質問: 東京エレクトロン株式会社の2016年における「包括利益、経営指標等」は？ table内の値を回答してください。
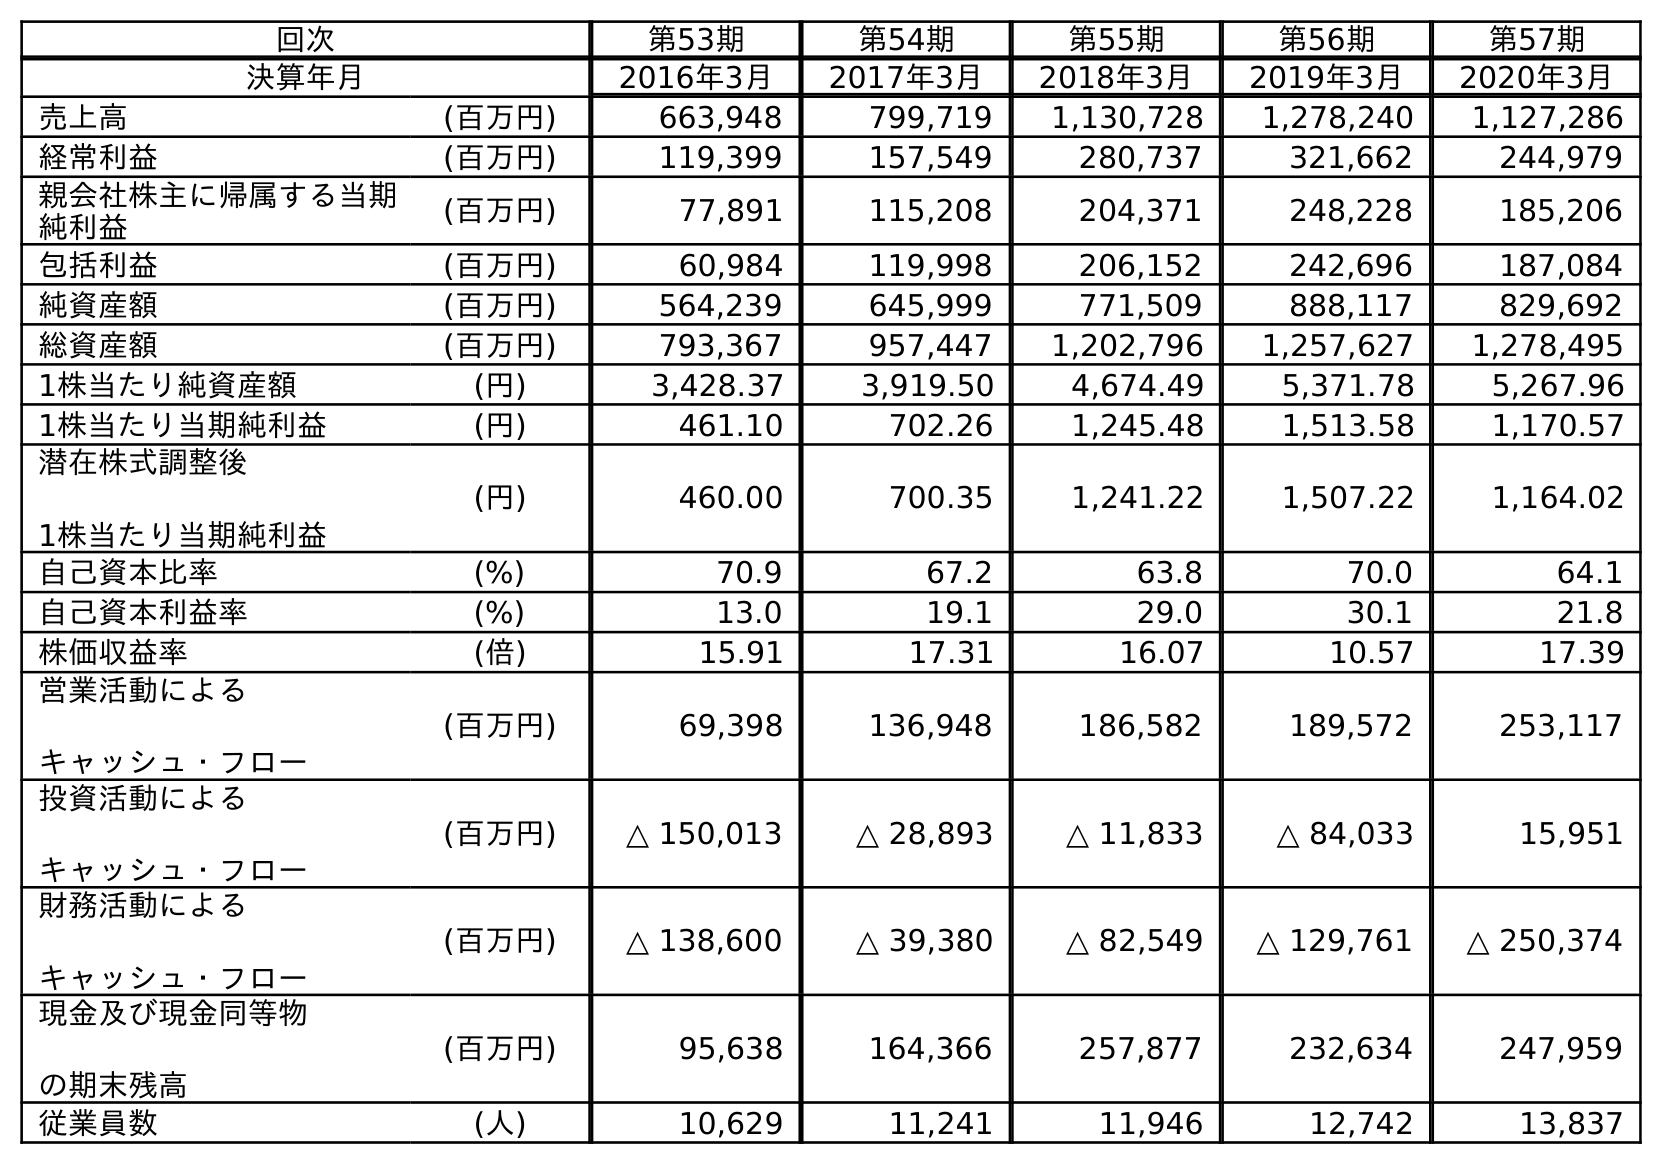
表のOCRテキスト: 回次 第53期 第54期 第55期 第56期 第57期 決算年月 2016年3月 2017年3月 2018年3月 2019年3月 2020年3月 売上高 (百万円) 663,948 799,719 1,130,728 1,278,240 1,127,286 経常利益 (百万円) 119,399 157,549 280,737 321,662 244,979 親会社株主に帰属する当期 純利益 (百万円) 77,891 115,208 204,371 248,228 185,206 包括利益 (百万円) 60,984 119,998 206,152 242,696 187,084 純資産額 (百万円) 564,239 645,999 771,509 888,117 829,692 総資産額 (百万円) 793,367 957,447 1,202,796 1,257,627 1,278,495 1株当たり純資産額 (円) 3,428.37 3,919.50 4,674.49 5,371.78 5,267.96 1株当たり当期純利益 (円) 461.10 702.26 1,245.48 1,513.58 1,170.57 潜在株式調整後 1株当たり当期純利益 (円) 460.00 700.35 1,241.22 1,507.22 1,164.02 自己資本比率 (%) 70.9 67.2 63.8 70.0 64.1 自己資本利益率 (%) 13.0 19.1 29.0 30.1 21.8 株価収益率 (倍) 15.91 17.31 16.07 10.57 17.39 営業活動による キャッシュ・フロー (百万円) 69,398 136,948 186,582 189,572 253,117 投資活動による キャッシュ・フロー (百万円) △ 150,013 △ 28,893 △ 11,833 △ 84,033 15,951 財務活動による キャッシュ・フロー (百万円) △ 138,600 △ 39,380 △ 82,549 △ 129,761 △ 250,374 現金及び現金同等物 の期末残高 (百万円) 95,638 164,366 257,877 232,634 247,959 従業員数 (人) 10,629 11,241 11,946 12,742 13,837
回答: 60,984